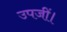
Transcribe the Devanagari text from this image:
उपजीं।